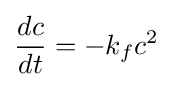
{\frac {dc}{dt}}=-k_{f}c^{2}